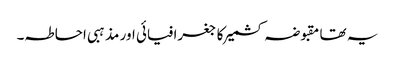
یہ تھا مقبوضہ کشمیر کا جغرافیائی اور مذہبی احاطہ۔